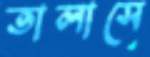
তালাসে